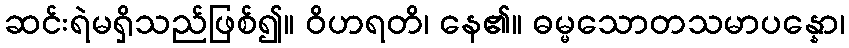
ဆင်းရဲမရှိသည်ဖြစ်၍။ ဝိဟရတိ၊ နေ၏။ ဓမ္မသောတသမာပန္နော၊